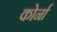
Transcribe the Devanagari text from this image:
कोर्ना